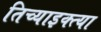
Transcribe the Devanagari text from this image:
तिच्याइक्त्या